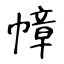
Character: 幛